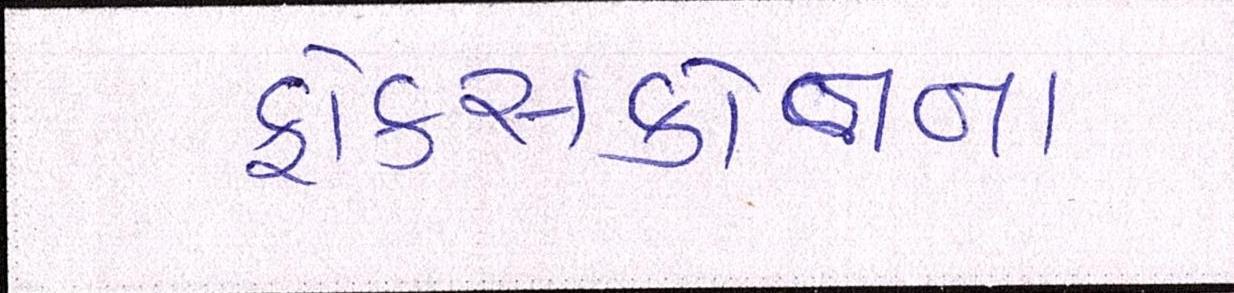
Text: ફોક્સકોનના